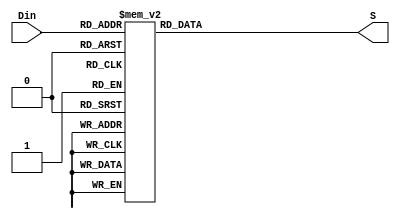
//
// Copyright (c) 2006 by IP Cores, Inc.   All rights reserved.  This text
// contains proprietary, confidential information of IP Cores, Inc.,  and
// may be used, copied,  and/or disclosed only pursuant to the terms of a
// valid license agreement with IP Cores, Inc. This copyright notice must
// be retained as part of this text at all times.
//
//

module Sbox( Din, S);

   input [7:0] Din;

   output [7:0] S;
   reg    [7:0] S;

   always @(Din) begin
      case  (Din)
        8'd0   : S = 8'd99;
        8'd1   : S = 8'd124;
        8'd2   : S = 8'd119;
        8'd3   : S = 8'd123;
        8'd4   : S = 8'd242;
        8'd5   : S = 8'd107;
        8'd6   : S = 8'd111;
        8'd7   : S = 8'd197;
        8'd8   : S = 8'd48;
        8'd9   : S = 8'd1;
        8'd10  : S = 8'd103;
        8'd11  : S = 8'd43;
        8'd12  : S = 8'd254;
        8'd13  : S = 8'd215;
        8'd14  : S = 8'd171;
        8'd15  : S = 8'd118;
        8'd16  : S = 8'd202;
        8'd17  : S = 8'd130;
        8'd18  : S = 8'd201;
        8'd19  : S = 8'd125;
        8'd20  : S = 8'd250;
        8'd21  : S = 8'd89;
        8'd22  : S = 8'd71;
        8'd23  : S = 8'd240;
        8'd24  : S = 8'd173;
        8'd25  : S = 8'd212;
        8'd26  : S = 8'd162;
        8'd27  : S = 8'd175;
        8'd28  : S = 8'd156;
        8'd29  : S = 8'd164;
        8'd30  : S = 8'd114;
        8'd31  : S = 8'd192;
        8'd32  : S = 8'd183;
        8'd33  : S = 8'd253;
        8'd34  : S = 8'd147;
        8'd35  : S = 8'd38;
        8'd36  : S = 8'd54;
        8'd37  : S = 8'd63;
        8'd38  : S = 8'd247;
        8'd39  : S = 8'd204;
        8'd40  : S = 8'd52;
        8'd41  : S = 8'd165;
        8'd42  : S = 8'd229;
        8'd43  : S = 8'd241;
        8'd44  : S = 8'd113;
        8'd45  : S = 8'd216;
        8'd46  : S = 8'd49;
        8'd47  : S = 8'd21;
        8'd48  : S = 8'd4;
        8'd49  : S = 8'd199;
        8'd50  : S = 8'd35;
        8'd51  : S = 8'd195;
        8'd52  : S = 8'd24;
        8'd53  : S = 8'd150;
        8'd54  : S = 8'd5;
        8'd55  : S = 8'd154;
        8'd56  : S = 8'd7;
        8'd57  : S = 8'd18;
        8'd58  : S = 8'd128;
        8'd59  : S = 8'd226;
        8'd60  : S = 8'd235;
        8'd61  : S = 8'd39;
        8'd62  : S = 8'd178;
        8'd63  : S = 8'd117;
        8'd64  : S = 8'd9;
        8'd65  : S = 8'd131;
        8'd66  : S = 8'd44;
        8'd67  : S = 8'd26;
        8'd68  : S = 8'd27;
        8'd69  : S = 8'd110;
        8'd70  : S = 8'd90;
        8'd71  : S = 8'd160;
        8'd72  : S = 8'd82;
        8'd73  : S = 8'd59;
        8'd74  : S = 8'd214;
        8'd75  : S = 8'd179;
        8'd76  : S = 8'd41;
        8'd77  : S = 8'd227;
        8'd78  : S = 8'd47;
        8'd79  : S = 8'd132;
        8'd80  : S = 8'd83;
        8'd81  : S = 8'd209;
        8'd82  : S = 8'd0;
        8'd83  : S = 8'd237;
        8'd84  : S = 8'd32;
        8'd85  : S = 8'd252;
        8'd86  : S = 8'd177;
        8'd87  : S = 8'd91;
        8'd88  : S = 8'd106;
        8'd89  : S = 8'd203;
        8'd90  : S = 8'd190;
        8'd91  : S = 8'd57;
        8'd92  : S = 8'd74;
        8'd93  : S = 8'd76;
        8'd94  : S = 8'd88;
        8'd95  : S = 8'd207;
        8'd96  : S = 8'd208;
        8'd97  : S = 8'd239;
        8'd98  : S = 8'd170;
        8'd99  : S = 8'd251;
        8'd100 : S = 8'd67;
        8'd101 : S = 8'd77;
        8'd102 : S = 8'd51;
        8'd103 : S = 8'd133;
        8'd104 : S = 8'd69;
        8'd105 : S = 8'd249;
        8'd106 : S = 8'd2;
        8'd107 : S = 8'd127;
        8'd108 : S = 8'd80;
        8'd109 : S = 8'd60;
        8'd110 : S = 8'd159;
        8'd111 : S = 8'd168;
        8'd112 : S = 8'd81;
        8'd113 : S = 8'd163;
        8'd114 : S = 8'd64;
        8'd115 : S = 8'd143;
        8'd116 : S = 8'd146;
        8'd117 : S = 8'd157;
        8'd118 : S = 8'd56;
        8'd119 : S = 8'd245;
        8'd120 : S = 8'd188;
        8'd121 : S = 8'd182;
        8'd122 : S = 8'd218;
        8'd123 : S = 8'd33;
        8'd124 : S = 8'd16;
        8'd125 : S = 8'd255;
        8'd126 : S = 8'd243;
        8'd127 : S = 8'd210;
        8'd128 : S = 8'd205;
        8'd129 : S = 8'd12;
        8'd130 : S = 8'd19;
        8'd131 : S = 8'd236;
        8'd132 : S = 8'd95;
        8'd133 : S = 8'd151;
        8'd134 : S = 8'd68;
        8'd135 : S = 8'd23;
        8'd136 : S = 8'd196;
        8'd137 : S = 8'd167;
        8'd138 : S = 8'd126;
        8'd139 : S = 8'd61;
        8'd140 : S = 8'd100;
        8'd141 : S = 8'd93;
        8'd142 : S = 8'd25;
        8'd143 : S = 8'd115;
        8'd144 : S = 8'd96;
        8'd145 : S = 8'd129;
        8'd146 : S = 8'd79;
        8'd147 : S = 8'd220;
        8'd148 : S = 8'd34;
        8'd149 : S = 8'd42;
        8'd150 : S = 8'd144;
        8'd151 : S = 8'd136;
        8'd152 : S = 8'd70;
        8'd153 : S = 8'd238;
        8'd154 : S = 8'd184;
        8'd155 : S = 8'd20;
        8'd156 : S = 8'd222;
        8'd157 : S = 8'd94;
        8'd158 : S = 8'd11;
        8'd159 : S = 8'd219;
        8'd160 : S = 8'd224;
        8'd161 : S = 8'd50;
        8'd162 : S = 8'd58;
        8'd163 : S = 8'd10;
        8'd164 : S = 8'd73;
        8'd165 : S = 8'd6;
        8'd166 : S = 8'd36;
        8'd167 : S = 8'd92;
        8'd168 : S = 8'd194;
        8'd169 : S = 8'd211;
        8'd170 : S = 8'd172;
        8'd171 : S = 8'd98;
        8'd172 : S = 8'd145;
        8'd173 : S = 8'd149;
        8'd174 : S = 8'd228;
        8'd175 : S = 8'd121;
        8'd176 : S = 8'd231;
        8'd177 : S = 8'd200;
        8'd178 : S = 8'd55;
        8'd179 : S = 8'd109;
        8'd180 : S = 8'd141;
        8'd181 : S = 8'd213;
        8'd182 : S = 8'd78;
        8'd183 : S = 8'd169;
        8'd184 : S = 8'd108;
        8'd185 : S = 8'd86;
        8'd186 : S = 8'd244;
        8'd187 : S = 8'd234;
        8'd188 : S = 8'd101;
        8'd189 : S = 8'd122;
        8'd190 : S = 8'd174;
        8'd191 : S = 8'd8;
        8'd192 : S = 8'd186;
        8'd193 : S = 8'd120;
        8'd194 : S = 8'd37;
        8'd195 : S = 8'd46;
        8'd196 : S = 8'd28;
        8'd197 : S = 8'd166;
        8'd198 : S = 8'd180;
        8'd199 : S = 8'd198;
        8'd200 : S = 8'd232;
        8'd201 : S = 8'd221;
        8'd202 : S = 8'd116;
        8'd203 : S = 8'd31;
        8'd204 : S = 8'd75;
        8'd205 : S = 8'd189;
        8'd206 : S = 8'd139;
        8'd207 : S = 8'd138;
        8'd208 : S = 8'd112;
        8'd209 : S = 8'd62;
        8'd210 : S = 8'd181;
        8'd211 : S = 8'd102;
        8'd212 : S = 8'd72;
        8'd213 : S = 8'd3;
        8'd214 : S = 8'd246;
        8'd215 : S = 8'd14;
        8'd216 : S = 8'd97;
        8'd217 : S = 8'd53;
        8'd218 : S = 8'd87;
        8'd219 : S = 8'd185;
        8'd220 : S = 8'd134;
        8'd221 : S = 8'd193;
        8'd222 : S = 8'd29;
        8'd223 : S = 8'd158;
        8'd224 : S = 8'd225;
        8'd225 : S = 8'd248;
        8'd226 : S = 8'd152;
        8'd227 : S = 8'd17;
        8'd228 : S = 8'd105;
        8'd229 : S = 8'd217;
        8'd230 : S = 8'd142;
        8'd231 : S = 8'd148;
        8'd232 : S = 8'd155;
        8'd233 : S = 8'd30;
        8'd234 : S = 8'd135;
        8'd235 : S = 8'd233;
        8'd236 : S = 8'd206;
        8'd237 : S = 8'd85;
        8'd238 : S = 8'd40;
        8'd239 : S = 8'd223;
        8'd240 : S = 8'd140;
        8'd241 : S = 8'd161;
        8'd242 : S = 8'd137;
        8'd243 : S = 8'd13;
        8'd244 : S = 8'd191;
        8'd245 : S = 8'd230;
        8'd246 : S = 8'd66;
        8'd247 : S = 8'd104;
        8'd248 : S = 8'd65;
        8'd249 : S = 8'd153;
        8'd250 : S = 8'd45;
        8'd251 : S = 8'd15;
        8'd252 : S = 8'd176;
        8'd253 : S = 8'd84;
        8'd254 : S = 8'd187;
        8'd255 : S = 8'd22;
	endcase

   end

endmodule